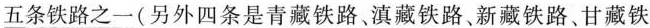
五条铁路之一(另外四条是青藏铁路、滇藏铁路、新藏铁路、甘藏铁